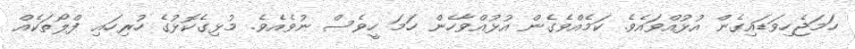
ހަމަޖެހިވަޑައިގެން އުޅުއްވައެވެ. ކަމެއްވެގެން އުޅުއްވާހެން ހަމަ ހީވެސް ނުވެއެވެ. މުޅިގެކޮޅުގެ ހުރިހައި ފްލޯތަކެއް